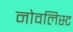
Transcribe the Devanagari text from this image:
नोवलिस्ट